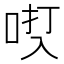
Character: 𫩿